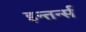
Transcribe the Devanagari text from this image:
इन्तर्न्स